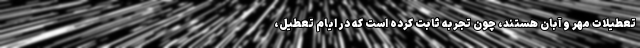
تعطیلات مهر و آبان هستند، چون تجربه ثابت کرده است که در ایام تعطیل،